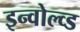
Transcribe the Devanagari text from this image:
इन्वोल्व्ड